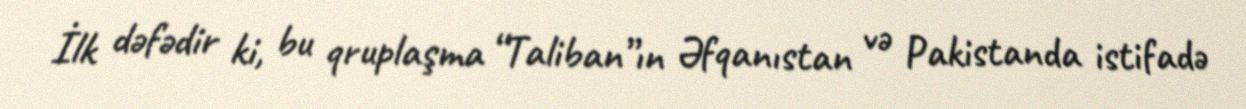
İlk dəfədir ki, bu qruplaşma “Taliban”ın Əfqanıstan və Pakistanda istifadə